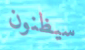
سيظنون